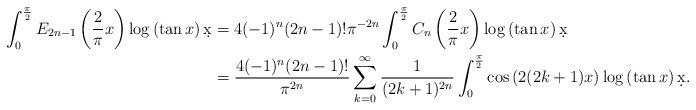
LaTeX: \begin{align*} \int_0^{\frac{\pi}{2}}E_{2n-1}\left( \frac{2}{\pi}x\right) \log\left( \tan x \right) \d x &= 4(-1)^n(2n-1)!\pi^{-2n} \int_0^{\frac{\pi}{2}}C_n\left( \frac{2}{\pi}x\right) \log\left( \tan x\right) \d x \\ &=\frac{4(-1)^n(2n-1)!}{\pi^{2n}} \sum_{k=0}^{\infty} \frac{1}{(2k+1)^{2n}} \int_0^{\frac{\pi}{2}}\cos\left(2(2k+1)x\right) \log \left( \tan x\right) \d x.\end{align*}